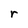
Character: r